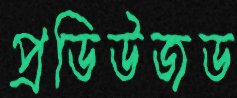
প্রডিউজড